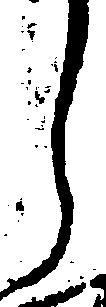
し